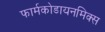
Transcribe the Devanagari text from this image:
फार्मकोडायनमिक्स